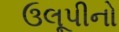
ઉલૂપીનો